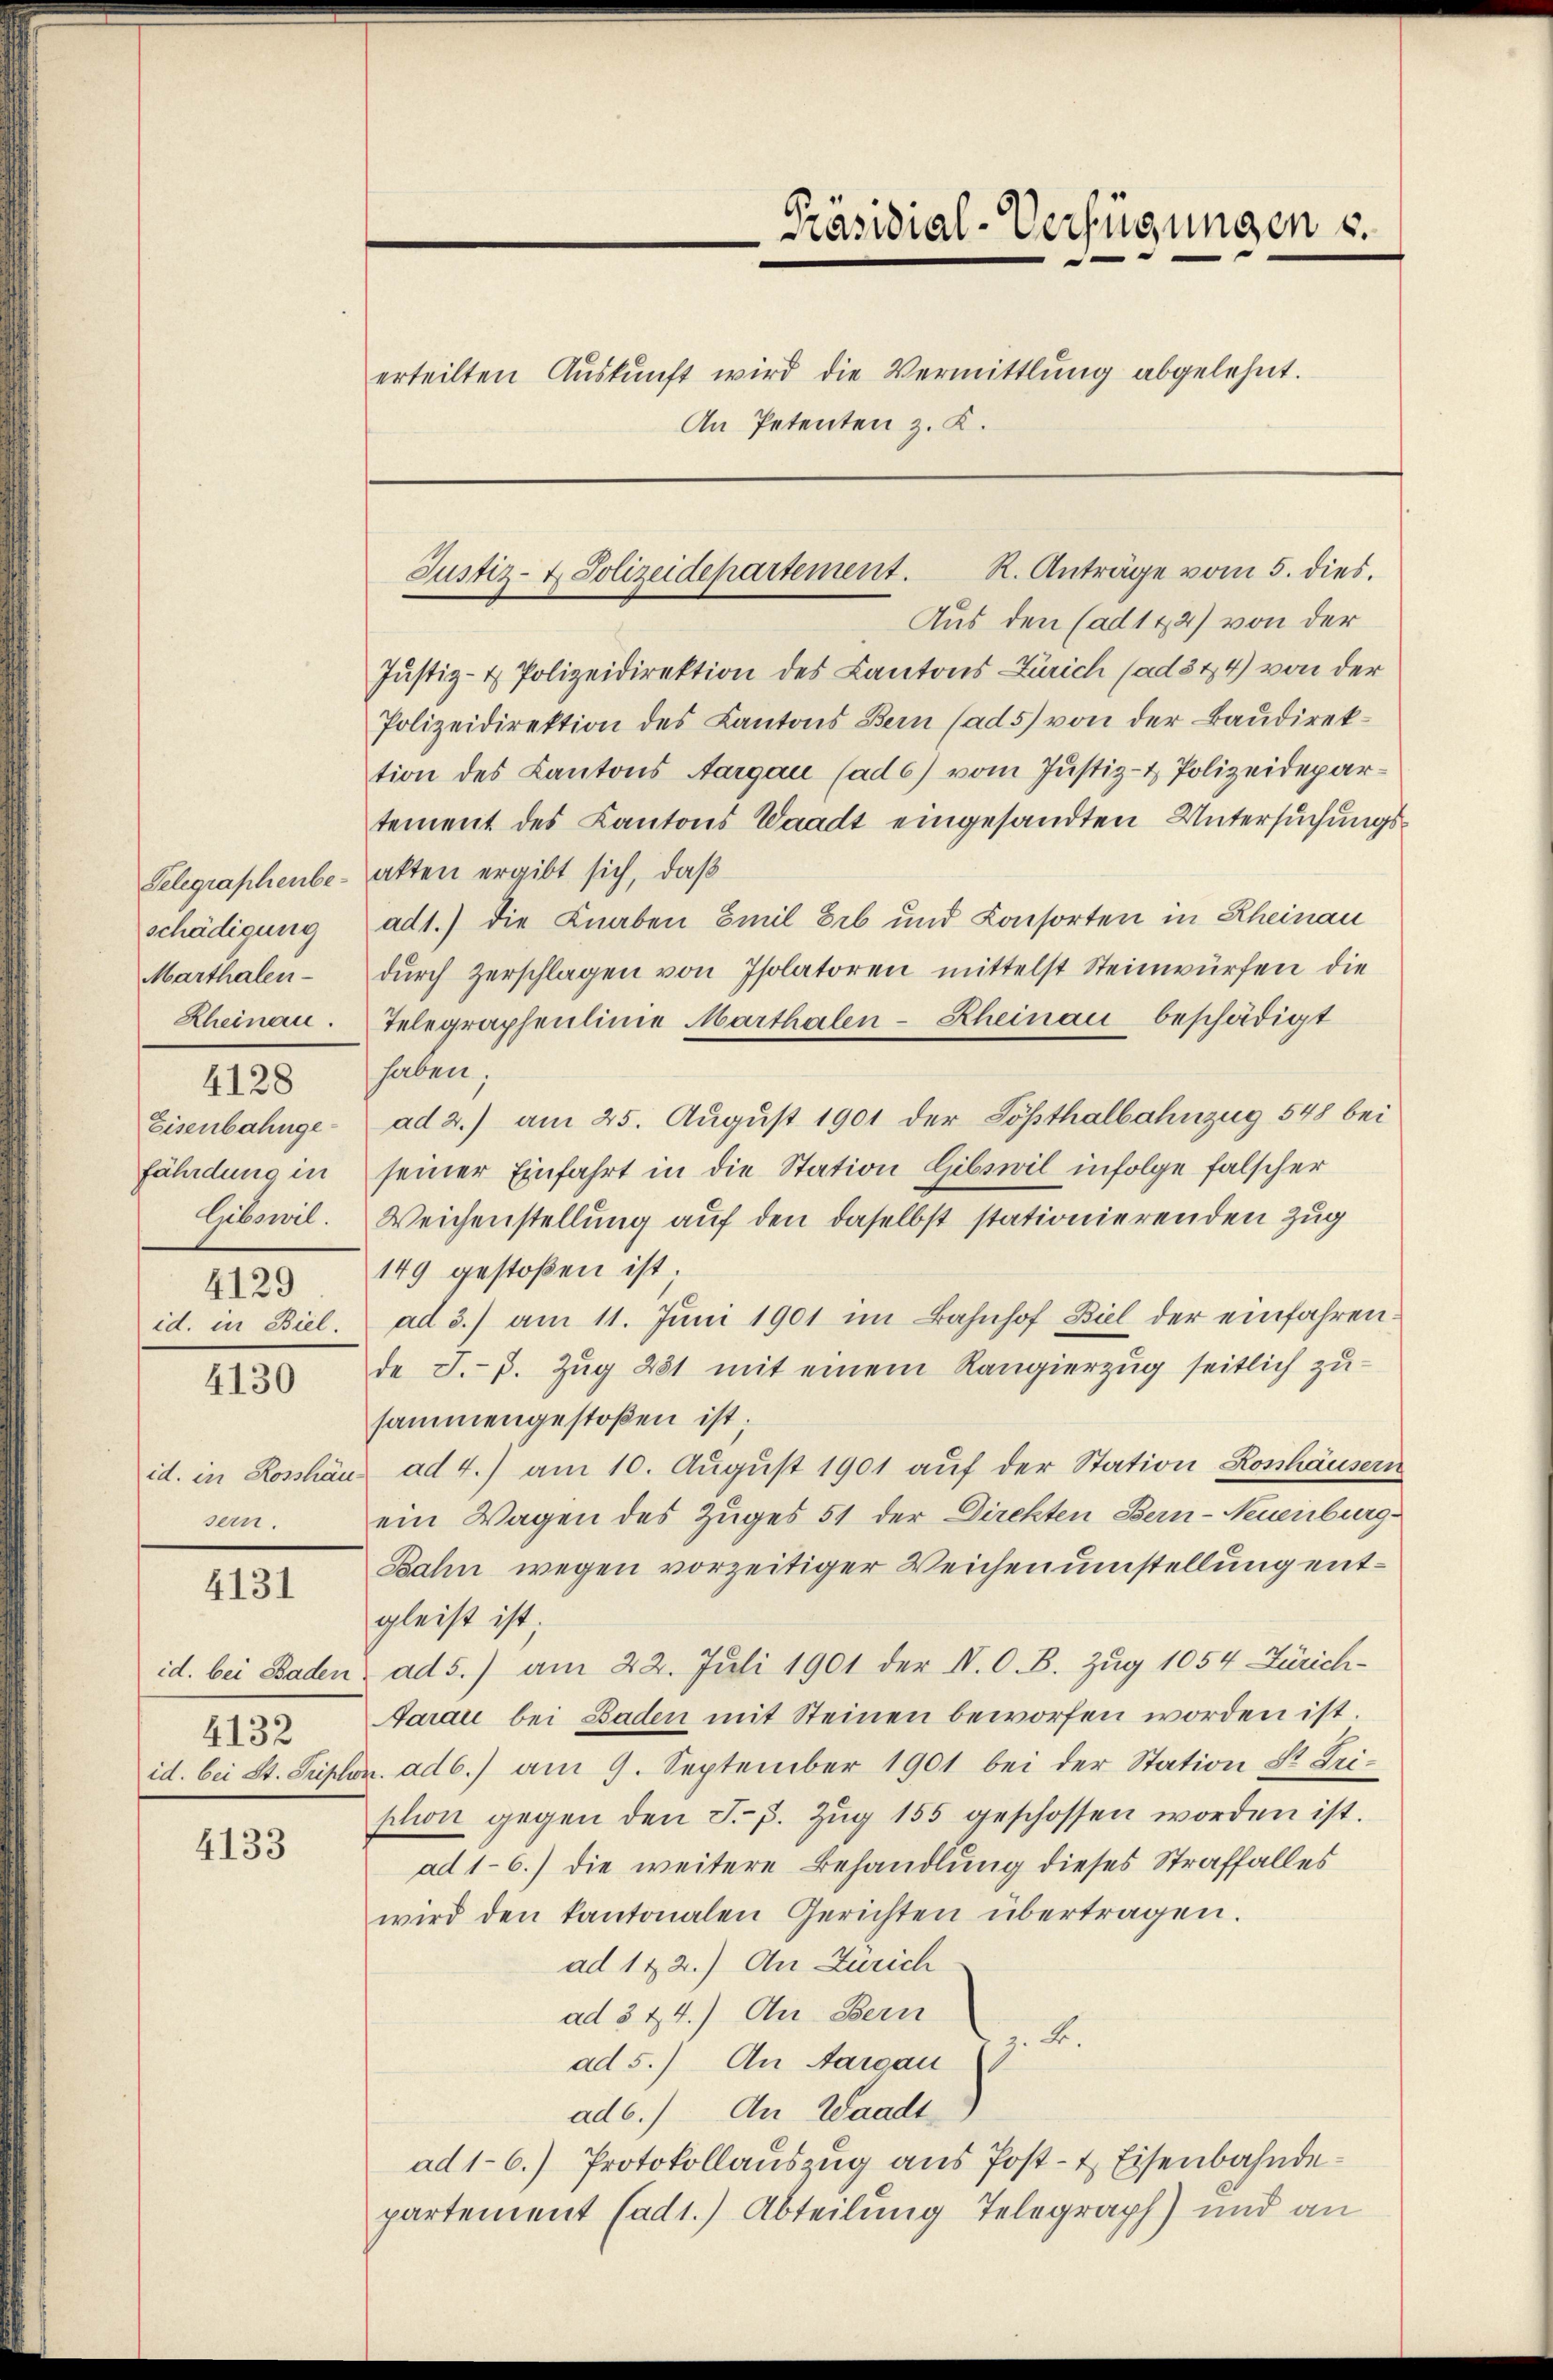
schädigung
Marthalen-
4129

4128

4130

sern.

4131

4132

4133

Präsidial-Verfügungen u.
erteilten Aŭskŭnft wird die Vermittlung abgelehnt.
An Petenten z. K.

Aus den (ad 142) von der
Justiz- & Polizeidirektion des Cantons Zürich (ad3 24) von der
Polizeidirektion des Kantons Bern (ad 5) von der Baudirektion des Kantons Aargau (ad 6) vom Justiz- & Polizeidepartement des Kantons Waadt eingesandten Untersuchungs¬
Telegraphenbe- atten ergibt sich, daß
ad1.) die Knaben Emil Erb und Konsorten in Rheinau
dŭrch Zerschlagen von Isolatoren mittelst Steinwürfen die
Rheinau. Telegraphenlinie Marthalen-Rheinau beschädigt
haben,
Eisenbahnge- ad 2.) am 25. August 1901 der Lösthalbahnzug 548 bei
fährdung in seiner Einfahrt in die Station Gibswil infolge falscher
Gibswil. Weichenstellung auf den daselbst stationierenden Zug
149 gestoßen ist.
id. in Biel. ad 3.) am 11. Jŭni 1901 im Bahnhof Biel der einfahren-
de J.-p. Zug 481 mit einem Rangierzug seitlich zusammengestoßen ist;
id. in Rosshäus ad 4.) am 10. August 1901 auf der Station Koshäusern
ein Wagen des Zuges 51 der Direkten Bern-Neuenburg-
Bahn wegen vorzeitiger Weichenumstellung entgleist ist;
id. bei Baden ad 5.) am 22. Juli 1901 der N. O. B. Zug 1054 Zürich-
Aarau bei Baden mit Steinen beworfen worden ist.
id. bei St. Sriplon. ad b.) am 9. September 1901 bei der Station Sr. Triplon gegen den F. p. Zŭg 155 geschossen worden ist.
ad 1-6.) die weitere Behandlung dieses Straffalles
wird den kantonalen Gerichten übertragen.
ad 122.) An Zürich
ad 3 & 4.) An Bern
z. B.
ad 5.) An Aargau
ad6.) An Waadt
ad 1-6.) Protokollauszug aus Post- & Eisenbahndepartement Cad1.) Abteilung Telegraph) und an

Justiz- & Polizeidepartement. R. Anträge vom 5. dies.